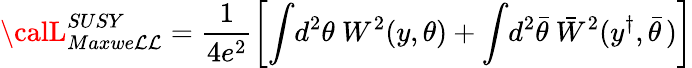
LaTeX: {\calL}_{Maxwe\mathcal{L}\mathcal{L}}^{SUSY}=\frac{{1}}{{4e^{2}}}\left[\int\! d^{2}\theta~W^{2}\! \left(y,\theta\right)+\int\! d^{2}\bar{{\theta}}~\bar{{W}}^{2}(y^{\dagger},\bar{{\theta}}\, )\right]